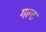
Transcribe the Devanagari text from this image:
गल्ट